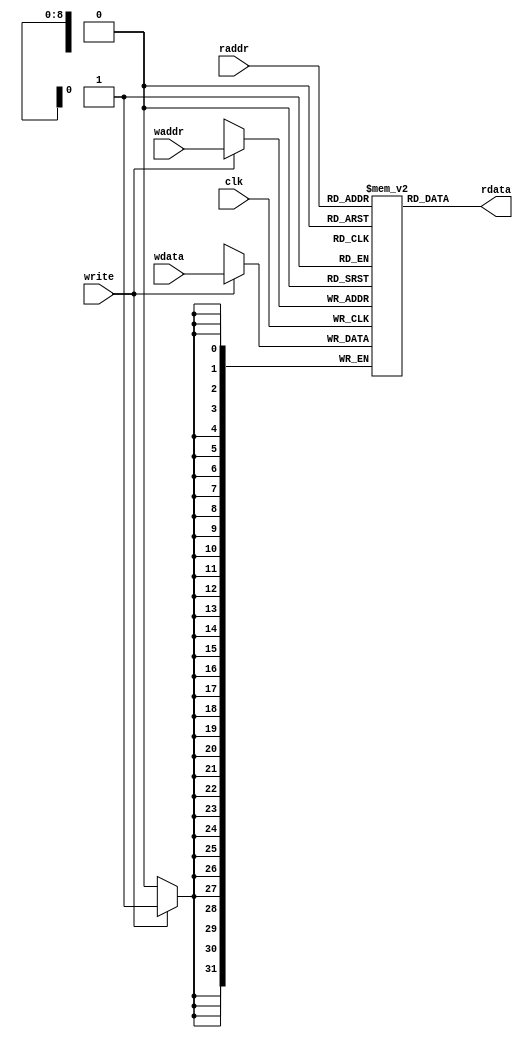
////////////////////////////////////////////////////////////////////////
//
// Copyright Ettus Research LLC
// Copyright 2018 Ettus Research, a National Instruments Company
// Copyright 2013 Ettus Research, a National Instruments Company
//
// SPDX-License-Identifier: LGPL-3.0-or-later
//
////////////////////////////////////////////////////////////////////////

module dram_2port
  #(parameter DWIDTH=32,
    parameter AWIDTH=9)
    (input clk,
     input write,
     input [AWIDTH-1:0] raddr,
     input [AWIDTH-1:0] waddr,
     input [DWIDTH-1:0] wdata,
     output [DWIDTH-1:0] rdata);

    reg [DWIDTH-1:0] ram [(1<<AWIDTH)-1:0];
   integer 	    i;
   initial
     for(i=0;i<(1<<AWIDTH);i=i+1)
       ram[i] <= {DWIDTH{1'b0}};

    assign rdata = ram[raddr];

    always @(posedge clk) begin
        if (write) ram[waddr] <= wdata;
    end

endmodule //dram_2port